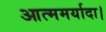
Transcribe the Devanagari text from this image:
आत्ममर्यादा।